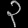
Digit: ၃